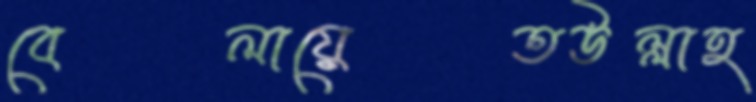
বেলায়েতউল্লাহ